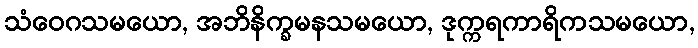
သံဝေဂသမယော, အဘိနိက္ခမနသမယော, ဒုက္ကရကာရိကသမယော,